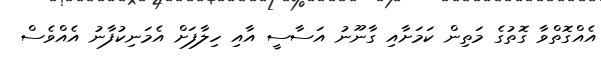
އެއްގޮތްވާ ގޮތުގެ މަތިން ކަމަށާއި ގާނޫނު އަސާސީ އާއި ހިލާފަށް އެމަނިކުފާނު އެއްވެސް